Medical and sanitary report of the native army of Bengal for the year
Year: 1876
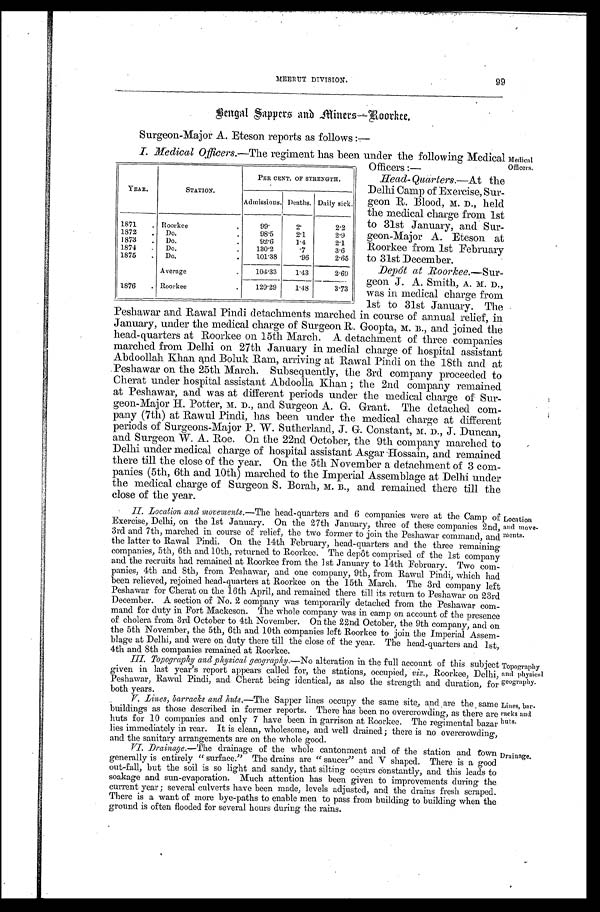
99
MEERUT DIVISION.
B e n g a l S a p p e r s a n d A l i n e r s — R o o r k e e .
Surgeon-Major A. Eteson reports as follows:—
I. Medical Officers.—The regiment has been under the following Medical Medical
Officers:—Officers.
Head-Quarters.—At the
Delhi Camp of Exercise, Sur
-geon R. Blood, M. D., held
the medical charge from 1st
to 31st January, and Sur
-geon-Major A. Eteson at
Roorkee from 1st February
to 31st December.
Depôt at Roorkee.—Sur-
geon J. A. Smith, A. M. D.,
was in medical charge from
1st to 31st January. The
Peshawar and Rawal Pindi detachments marched in course of annual relief, in
January, under the medical charge of Surgeon R. Goopta, M.B., and joined the
head-quarters at Roorkee on 15th March. A detachment of three companies
marched from Delhi on 27th January in medial charge of hospital assistant
Abdoollah Khan and Boluk Rain, arriving at Rawal Pindi on the 18th and at
Peshawar on the 25th March. Subsequently, the 3rd company proceeded to
Cherat under hospital assistant Abdoolla Khan; the 2nd company remained
at Peshawar, and was at different periods under the medical charge of Sur
-geon-Major H. Potter, M. D., and Surgeon A. G. Grant. The detached com
-pany (7th) at Rawul Pindi, has been under the medical charge at different
periods of Surgeons-Major P. W. Sutherland, J. G. Constant, M. D., J. Duncan,
and Surgeon W. A. Roe. On the 22nd October, the 9th company marched to
Delhi under medical charge of hospital assistant Asgar Hossain, and remained
there till the close of the year. On the 5th November a detachment of 3 com
-panies (5th, 6th and 10th) marched to the Imperial Assemblage at Delhi under
the medical charge of Surgeon S. Borah, M. B., and remained there till the
close of the year.
IL Location and movements.—The head-quarters and 6 companies were at the Camp of Location
Exercise, Delhi, on the 1st January. On the 27th January, three of these companies 2nd, and move-
3rd and 7th, marched in course of relief, the two former to join the Peshawar command, and ments.
the latter to Rawal Pindi. On the 14th February, head-quarters and the three remaining
companies, 5th, 6th and 10th, returned to Roorkee. The depôt comprised of the 1st company
and the recruits had remained. at Roorkee from the l st January to 14th February. Two com-
panies, 4th and 8th, from Peshawar, and. one company, 9th, from Rawul. Pindi, which had
been relieved, rejoined head-quarters at Roorkee on the 15th March. The 3rd company- left
Peshawar for Cherat on the 16th April, and remained there till its return to Peshawar on 23rd
December. A section of No. 2 company was temporarily detached from the Peshawar com
-mand for duty in Fort Mackeson. The whole company was in camp on account of the presence
of cholera from 3rd October to 4th November. On the 22nd October, the 9th company, and on
the 5th November, the 5th, 6th and 10th companies left Roorkee to join the Imperial Assem
-blage at Delhi, and were on duty there till the close of the year. The head-quarters and 1st,
4th and 8th companies remained at Roorkee.
III. Topography and physical geography.— No alteration in the full account of this subject Topography
given in last year's report appears called for, the stations, occupied, viz., Roorkee, Delhi, and physical
Peshawar, Rawul Pindi, and , Cherat being identical, as also the strength and duration, for geography
. b o t h y e a r s .
V Lines, barracks and huts.—The Sapper lines occupy the same site, and are the same Lines, bar
-buildings as those described in former reports. There has been no overcrowding, as there are racks and
huts for 10 companies and only 7 have been in garrison at Roorkee. The regimental bazar huts.
lies immediately in rear. It is clean, wholesome, and well drained; there is no overcrowding,
and the sanitary arrangements are on the whole good.
VI. Drainage.—The drainage of the whole cantonment and of the station and town Drainge.
generally is entirely "surface." The drains are "saucer" and V shaped. There is a good
out-fall, but the soil is so light and sandy, that silting occurs Constantly, and this leads to
soakage and sun-evaporation. Much attention has been given to improvements during the
current year; several culverts have been made, levels adjusted, and the drains fresh scraped.
There is a want of more bye-paths to enable men to pass from building to building when the
ground is often flooded for several hours during the rains.
YEAR.
STATION.
PER CENT. OF STRENGTH.
Admissions. Deaths. Daily sick.
1871 . Roorkee
99. 2.
2 . 2
187
Do.
98.5 2.1
2.9
1873 . Do.
92.6
1 . 4 2.1
1874 . Do.
130.2
. 7 3.6
1875
Do.
101.38
. 9 6 2.65
Average. 104.33 1.43 2 . 6 9
1876 Roorkee
129.29 1.48 3 . 7 3